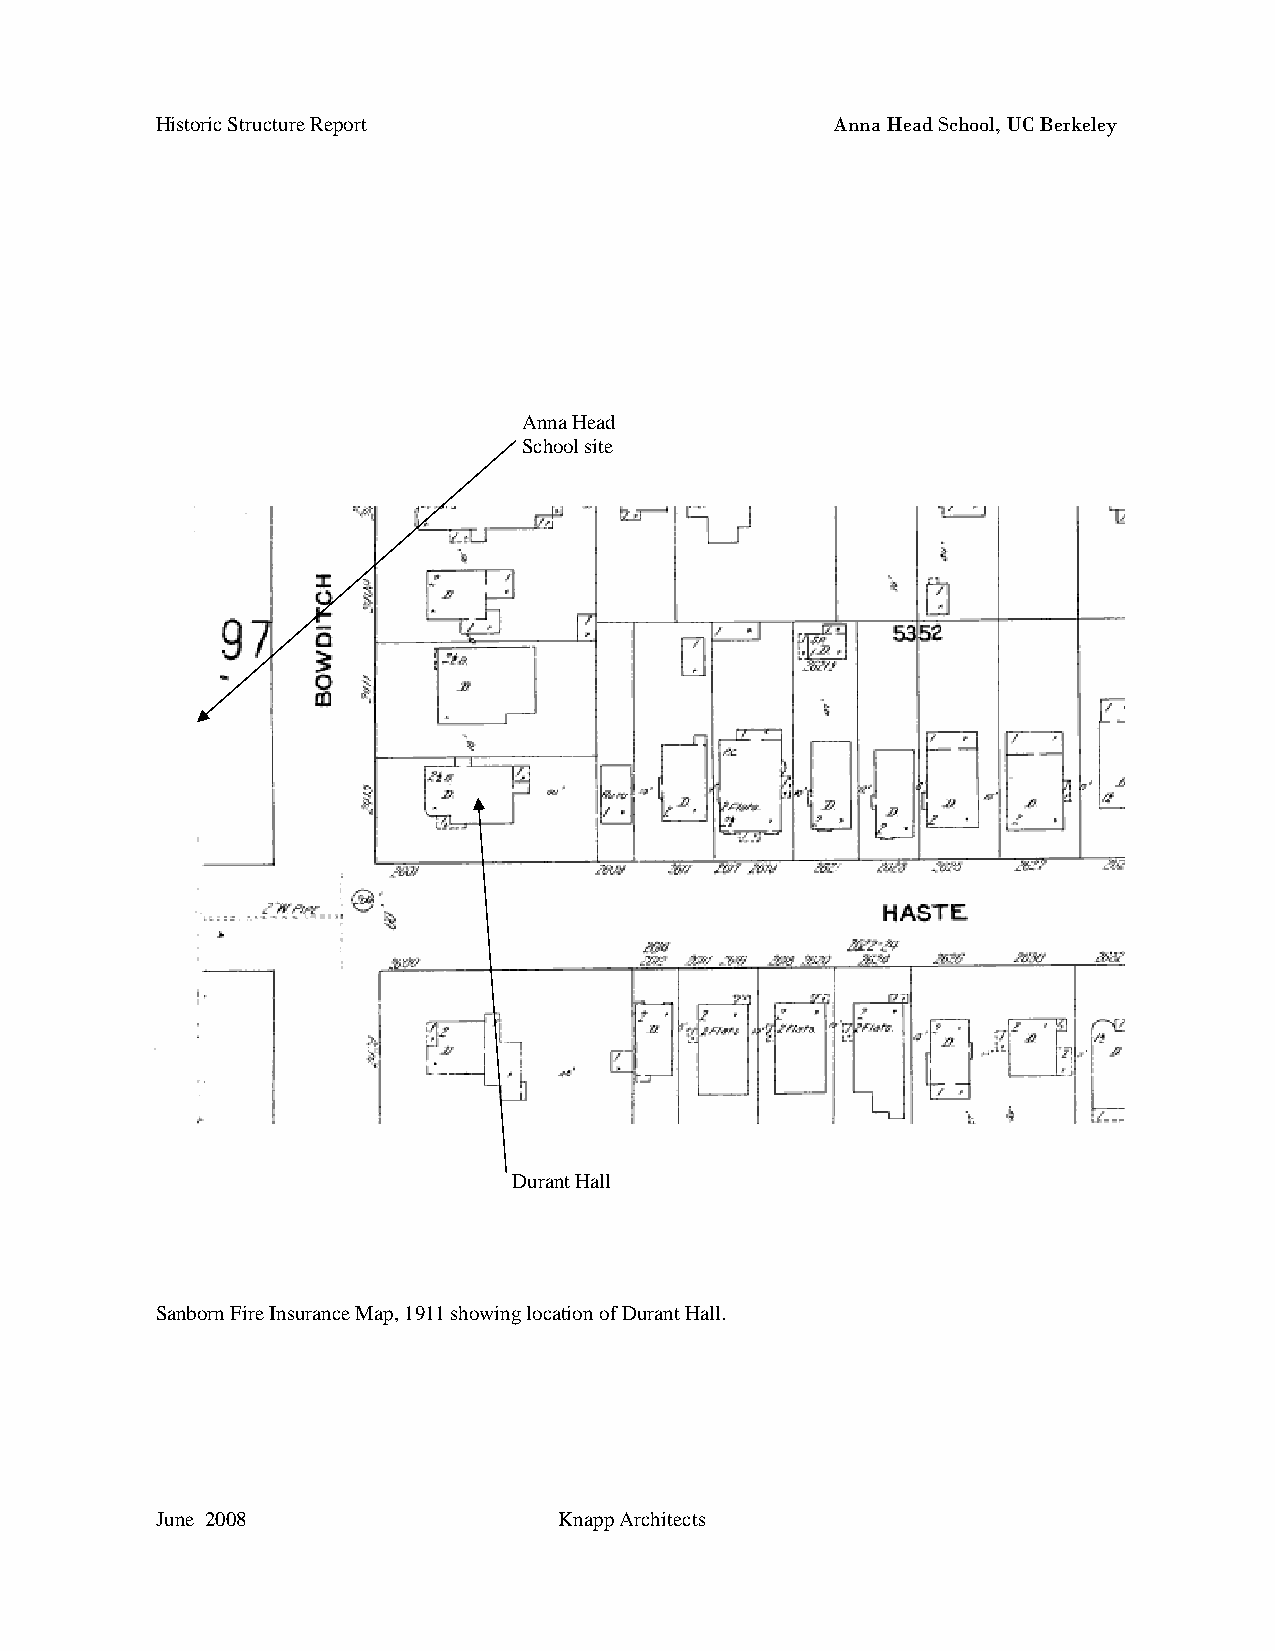
Historic Structure Report                    Anna Head School, UC Berkeley
 Anna Head
 School site
 Durant Hall
 Sanborn Fire Insurance Map, 1911 showing location of Durant Hall.
 June 2008                  Knapp Architects